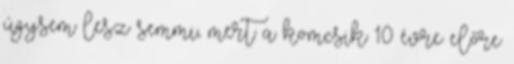
úgysem lesz semmi, mert a komcsik 10 évre előre